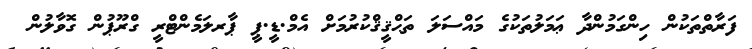
ފަރާތްތަކުން ހިންގަމުންދާ ޢަމަލުތަކުގެ މައްސަލަ ތަޙްޤީޤްކުރުމަށް އެމް.ޑީ.ޕީ ޕާރލަމެންޓްރީ ގްރޫޕުން ގޮވާލުން